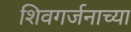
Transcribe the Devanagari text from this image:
शिवगर्जनाच्या